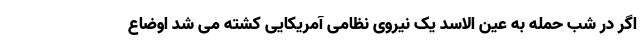
اگر در شب حمله به عین الاسد یک نیروی نظامی آمریکایی کشته می شد اوضاع